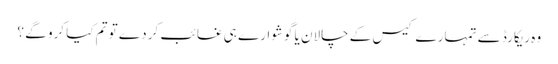
وہ ریکارڈ سے تمہارے کیس کے چالان یا گوشوارے ہی غائب کر دے تو تم کیا کرو گے ؟